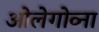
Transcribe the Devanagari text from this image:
ओलेगोव्ना